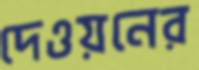
দেওয়নের